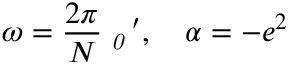
\omega = \frac { 2 \pi } { N } { \it \Pi } _ { { \it 0 } } \, ^ { \prime } , \quad \alpha = - e ^ { 2 }